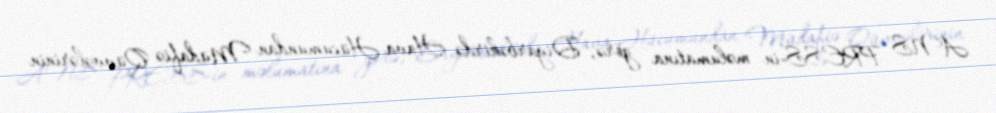
ANS PRESS-in məlumatına görə, Diyarbəkirdə Hava Hücumundan Müdafiə Qüvvələrinin